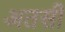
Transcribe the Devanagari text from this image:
अतसी